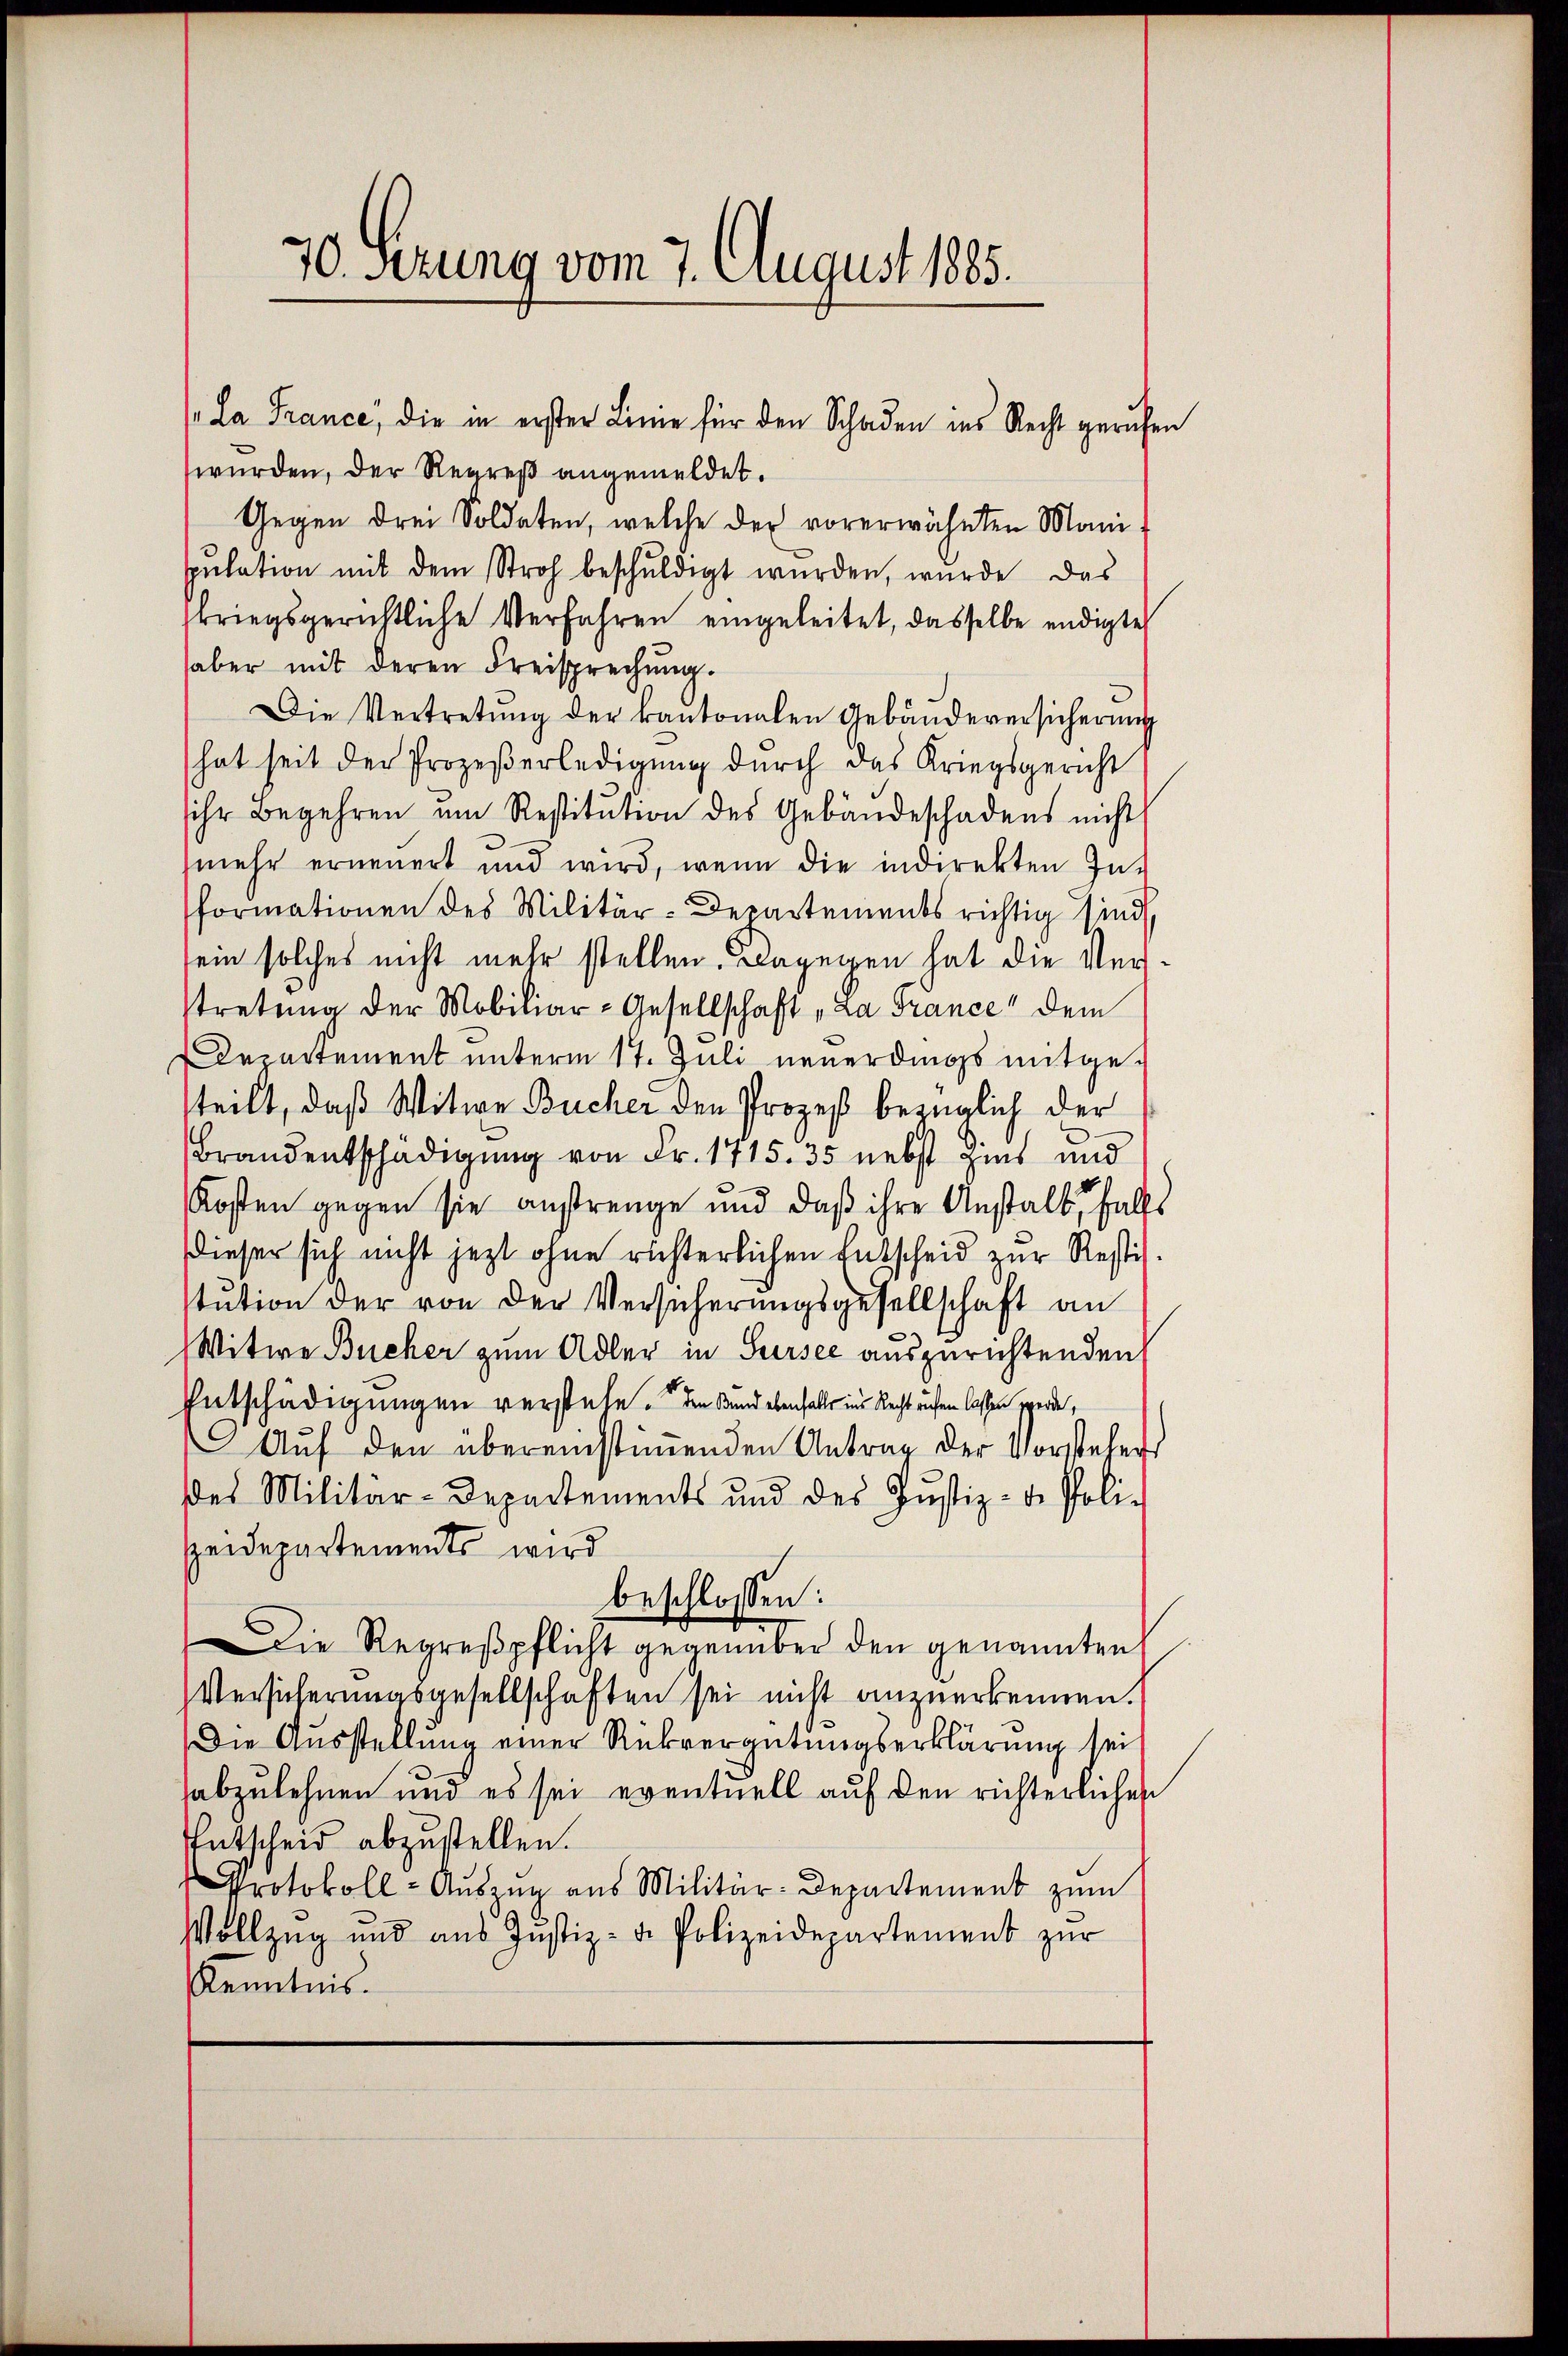
wurden, der Regreß angemeldet.
Gegen drei Soldaten, welche der vorerwähnten Manipŭlation mit dem Stroh beschŭldigt wurden, wurde das
skriegsgerichtliche Verfahren eingeleitet, dasselbe endigte
haber mit deren Freisprechung.
Die Vertretŭng der kantonalen Gebäudeversicherŭng
hat seit der Prozeβerledigung durch das Kriegsgericht
sihr Begehren um Restitŭtion des Gebäŭdeschadens nicht
mehr erneuert und wird, wenn die indirekten In-
formationen des Militär-Departements richtig sind
sein solches nicht mehr stellen. Dagegen hat die Verstretung der Mobiliar-Gesellschaft „La France dem
De artement unterm 17. Juli neuerdings mitgesteilt, daß Witwe Bücher den Prozeß bezüglich der
Brandentschädigung von Fr. 1715. 35 nebst Zins und
Kosten gegen sie anstrenge und daß ihre Anstalt, falls
dieser sich nicht jetzt ohne richterlichen Entscheid zur Restistution der von der Versicherungsgesellschaft an
Witwe Bücher zum Adler in Sursee auszurichtenden
Entschädigungen verstehe. Den Band ebenfalles in Recht aufen lassen sperde,
Auf den übereinstimmenden Antrag der Vorstehers
des Militär-Departements und des Jŭstiz-de Poli-
Heidepartements wird
beschlossen:
Die Regreßpflicht gegenüber den genannten
Versicherungsgesellschaften sei nicht anzuerkennen.
Die Ausstellung einer Rückvergütungserklärung sei,
abzulehnen und es sei eventuell auf den richterlichen
Entscheid abzustellen.
Protokoll - Auszug aus Militär-Departement zum
Vollzug und aŭs Jŭstiz- u. Polizeidepartement zŭr
Kenntnis.

70. Sezung vom 7. August 1885.

La France, die in erster Linie für den Schaden ins Recht gerufen